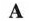
A